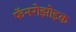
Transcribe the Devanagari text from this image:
फॅनरोझोइक